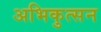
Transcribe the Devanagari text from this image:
अभिकुत्सन